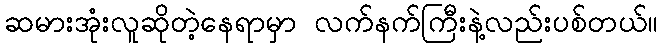
ဆမားအုံးလူဆိုတဲ့နေရာမှာ လက်နက်ကြီးနဲ့လည်းပစ်တယ်။